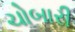
ચોબારી